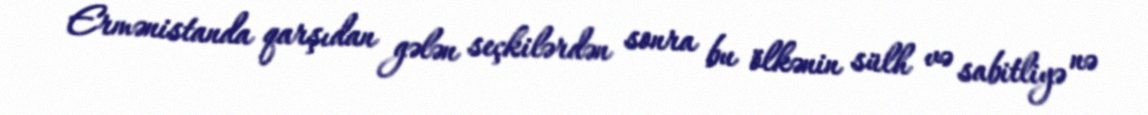
Ermənistanda qarşıdan gələn seçkilərdən sonra bu ölkənin sülh və sabitliyə nə